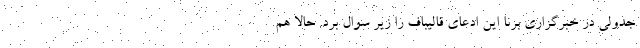
جدولی در خبرگزاری برنا این ادعای قالیباف را زیر سوال برد. حالا هم